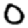
Digit: 0